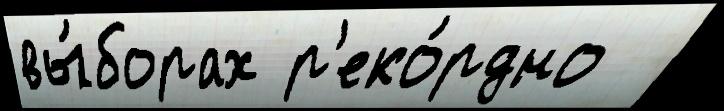
вы́борах р'еко́рдно